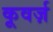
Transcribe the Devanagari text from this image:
कूवर्ज़